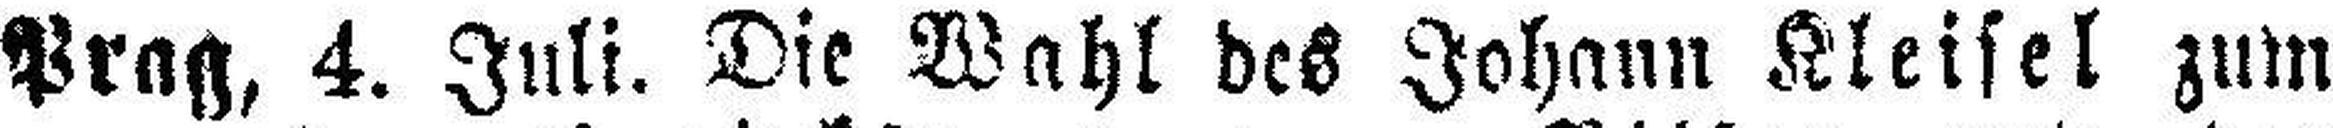
Prag, 4. Juli. Die Wahl des Johann Kleisel zum